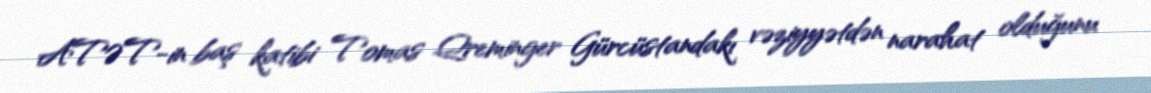
ATƏT-in baş katibi Tomas Qreminger Gürcüstandakı vəziyyətdən narahat olduğunu